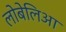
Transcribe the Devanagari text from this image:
लोबेलिआ